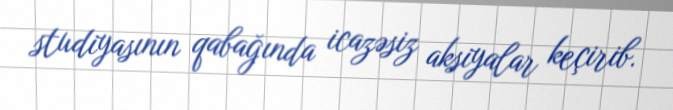
studiyasının qabağında icazəsiz aksiyalar keçirib.